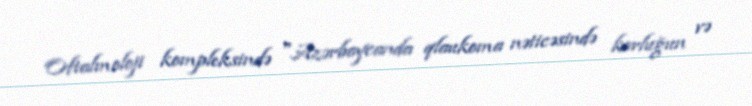
Oftalmoloji kompleksində "Azərbaycanda qlaukoma nəticəsində korluğun və